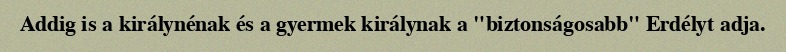
Addig is a királynénak és a gyermek királynak a "biztonságosabb" Erdélyt adja.